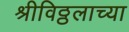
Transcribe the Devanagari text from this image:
श्रीविठ्ठलाच्या